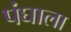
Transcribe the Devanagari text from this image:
पंघाला